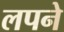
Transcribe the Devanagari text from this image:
लपने